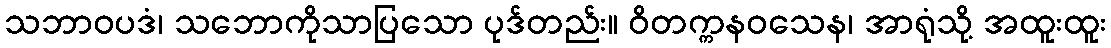
သဘာဝပဒံ၊ သဘောကိုသာပြသော ပုဒ်တည်း။ ဝိတက္ကနဝသေန၊ အာရုံသို့ အထူးထူး